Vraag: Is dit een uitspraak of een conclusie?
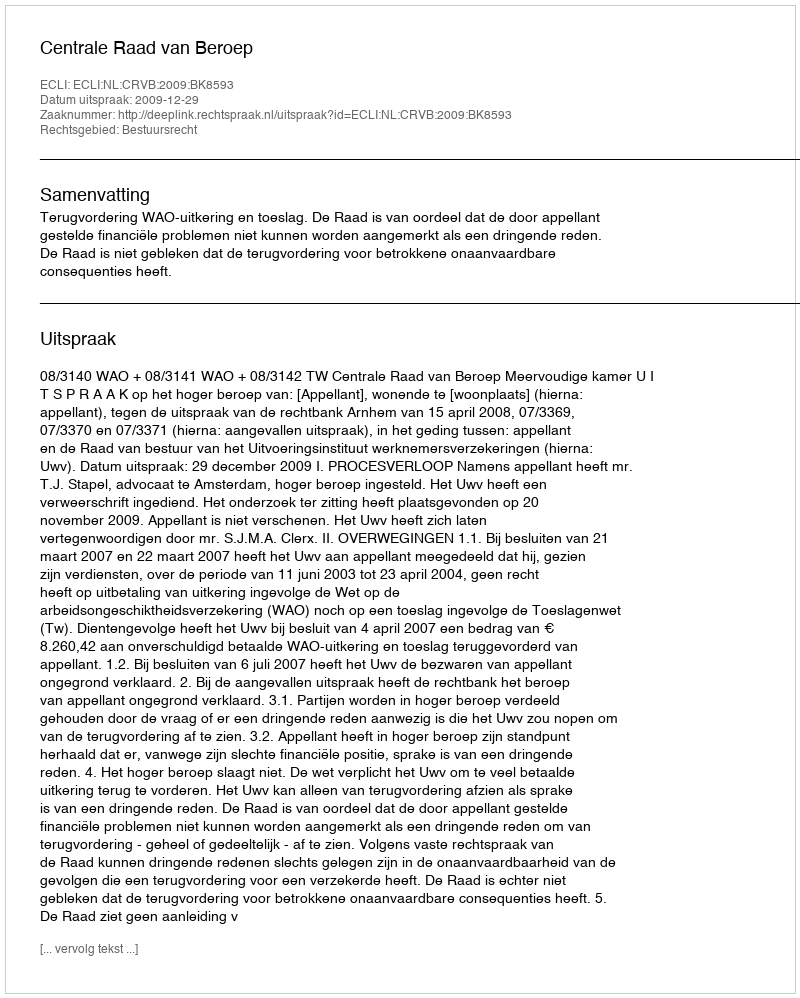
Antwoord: Uitspraak